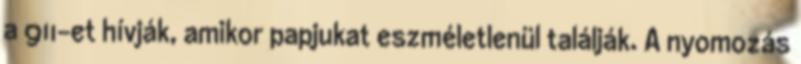
a 911-et hívják, amikor papjukat eszméletlenül találják. A nyomozás